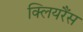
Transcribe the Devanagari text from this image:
क्लियरैंस